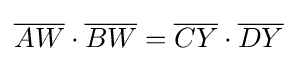
{\overline {AW}}\cdot {\overline {BW}}={\overline {CY}}\cdot {\overline {DY}}